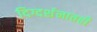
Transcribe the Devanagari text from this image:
दिग्दर्शनातही